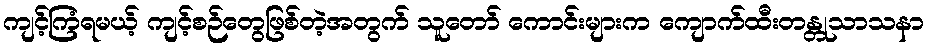
ကျင့်ကြံရမယ့် ကျင့်စဉ်တွေဖြစ်တဲ့အတွက် သူတော် ကောင်းများက ကျောက်ထီးတန္တုသာသနာ